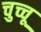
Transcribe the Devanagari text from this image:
चुच्चू